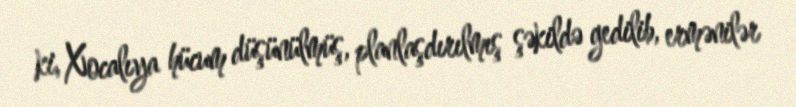
ki, Xocalıya hücum düşünülmüş, planlaşdırılmış şəkildə gedilib, ermənilər